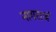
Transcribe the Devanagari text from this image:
नागराजं